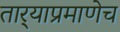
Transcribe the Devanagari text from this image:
तार्‍याप्रमाणेच